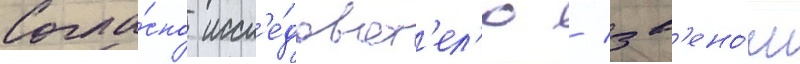
Согла́сно иссл'е́доват'ел'ю / зв'ено́м